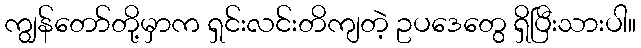
ကျွန်တော်တို့မှာက ရှင်းလင်းတိကျတဲ့ ဥပဒေတွေ ရှိပြီးသားပါ။